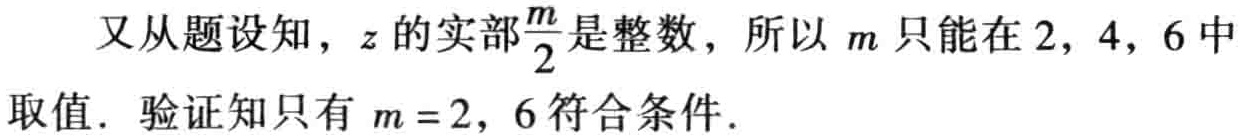
又从题设知，\(z\)的实部\(\frac{m}{2}\)是整数，所以 \(m\) 只能在 \(2,4,6\) 中取值．验证知只有 \(m = 2,6\) 符合条件．